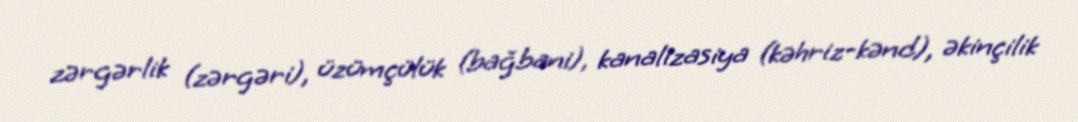
zərgərlik (zərgəri), üzümçülük (bağbani), kanalizasiya (kəhriz-kənd), əkinçilik